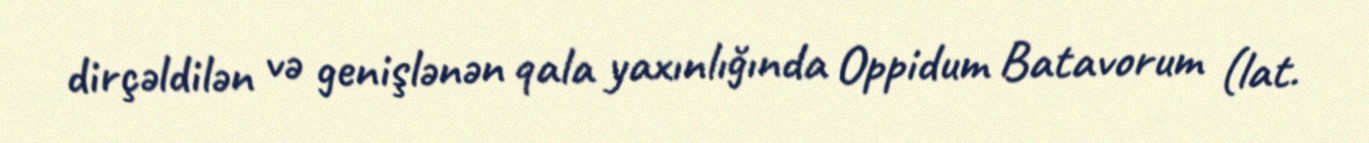
dirçəldilən və genişlənən qala yaxınlığında Oppidum Batavorum (lat.